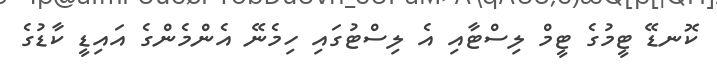
ކޮނޑޭ ޓީމުގެ ޓީމް ލިސްޓާއި އެ ލިސްޓުގައި ހިމެނޭ އެންމެންގެ އައިޑީ ކާޑުގެ